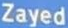
Zayed